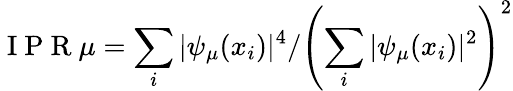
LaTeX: \mathrm{~I~P~R~}\mu=\sum_{i}|\psi_{\mu}(x_{i})|^{4}/\left(\sum_{i}|\psi_{\mu}(x_{i})|^{2}\right)^{2}